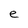
Character: e